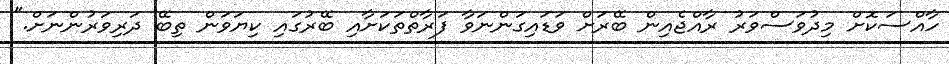
ހާއްސަކޮށް މިދުވަސްވަރު ރާއްޖެއިން ބޭރަށް ވަޑައިގަންނަވާ ފަރާތްތަކަށާއި ބޭރުގައި ކިޔަވަން ތިބޭ ދަރިވަރުންނަށް."